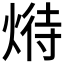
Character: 𤋵